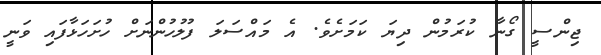
ޖިންސީ ގޯނާ ކުރަމުން ދިޔަ ކަމަށެވެ. އެ މައްސަލަ ފުލުހުންނަށް ހުށަހަޅާފައި ވަނީ